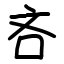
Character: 吝